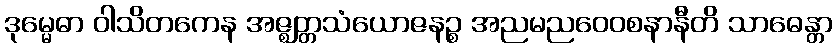
ဒုမ္မေဓာ ဝါသိတကေန အဇ္ဈတ္တသံယောဇနဉ္စ အညမညဝေဝစနာနီတိ သာဓေန္တာ